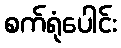
စက်ရုံပေါင်း